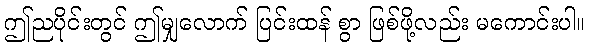
ဤညပိုင်းတွင် ဤမျှလောက် ပြင်းထန် စွာ ဖြစ်ဖို့လည်း မကောင်းပါ။